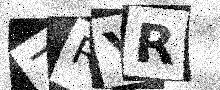
Text: 7RYR